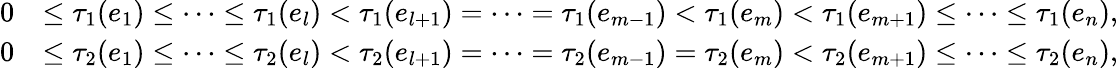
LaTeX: \begin{array}{rl}{0}&{\leq\tau_{1}(e_{1})\leq\cdots\leq\tau_{1}(e_{l})<\tau_{1}(e_{l+1})=\cdots=\tau_{1}(e_{m-1})<\tau_{1}(e_{m})<\tau_{1}(e_{m+1})\leq\cdots\leq\tau_{1}(e_{n}),}\\ {0}&{\leq\tau_{2}(e_{1})\leq\cdots\leq\tau_{2}(e_{l})<\tau_{2}(e_{l+1})=\cdots=\tau_{2}(e_{m-1})=\tau_{2}(e_{m})<\tau_{2}(e_{m+1})\leq\cdots\leq\tau_{2}(e_{n}),}\end{array}